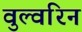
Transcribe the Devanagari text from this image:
वुल्वरिन